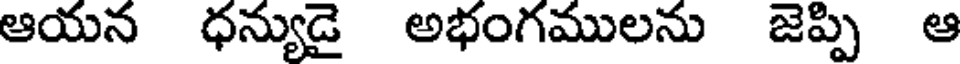
ఆయన ధన్యుడై అభంగములను జెప్పి ఆ